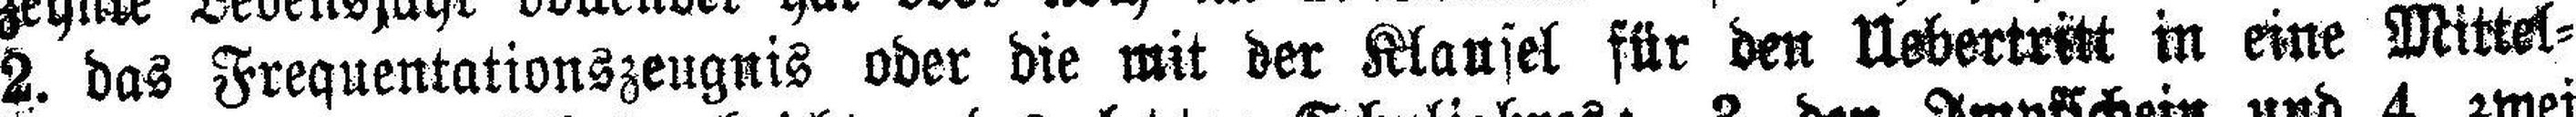
2. das Frequentationszeugnis oder die mit der Klausel für den Uebertritt in eine Mittel¬